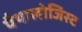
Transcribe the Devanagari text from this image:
पैथालोजिस्ट